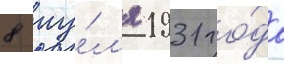
8 иу́л'я 1931 го́да